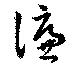
濂